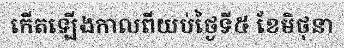
កើតឡើងកាលពីយប់ថ្ងៃទី៥ ខែមិថុនា